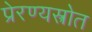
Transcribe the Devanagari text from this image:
प्रेरण्यस्त्रोत